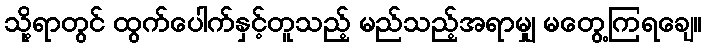
သို့ရာတွင် ထွက်ပေါက်နှင့်တူသည့် မည်သည့်အရာမျှ မတွေ့ကြရချေ။